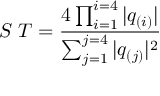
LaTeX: S \; T = { \frac { 4 \prod _ { i = 1 } ^ { i = 4 } | q _ { ( i ) } | } { \sum _ { j = 1 } ^ { j = 4 } | q _ { ( j ) } | ^ { 2 } } }